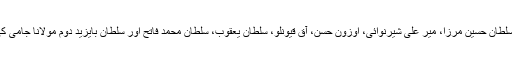
سلطان ابو سعید گرگانی، سلطان حسین مرزا، میر علی شیرنوائی، اوزون حسن، آق قیونلو، سلطان یعقوب، سلطان محمد فاتح اور سلطان بایزید دوم مولانا جامی کی بڑی عزت کرتے تھے۔